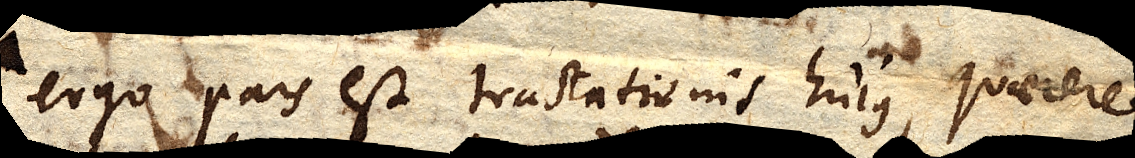
ergo pars est tractationis hujus, quaerere